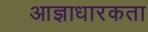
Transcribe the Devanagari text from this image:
आज्ञाधारकता